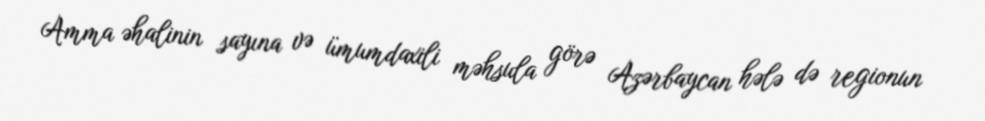
Amma əhalinin sayına və ümumdaxili məhsula görə Azərbaycan hələ də regionun